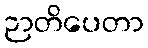
ဉာတိပေတာ